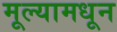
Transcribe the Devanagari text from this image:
मूल्यामधून